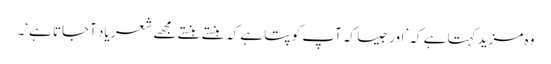
وہ مزید کہتا ہے کہ ’اور جیسا کہ آپ کو پتا ہے کہ ہنستے ہنستے مجھے شعر یاد آجاتا ہے‘۔